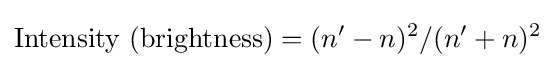
{\text{Intensity (brightness)}}=(n'-n)^{2}/(n'+n)^{2}